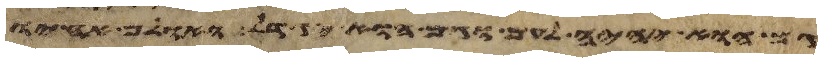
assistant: גם הוא יהיה לעם וגם הוא יגדל ואולם אחיו